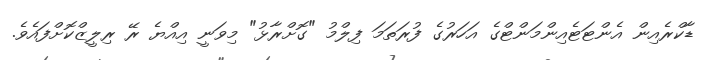
ޑާކްރެއިން އެންޓަޓެއިންމަންޓްގެ އަހަރުގެ ފުރަތަމަ ފިލްމު "ގޮށްރާޅު" މިވަނީ އިއްޔެ ރޭ ރިލީޒްކޮށްފައެވެ.